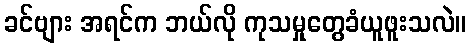
ခင်ဗျား အရင်က ဘယ်လို ကုသမှုတွေခံယူဖူးသလဲ။